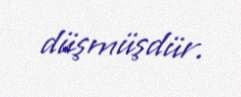
düşmüşdür.